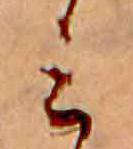
ミ